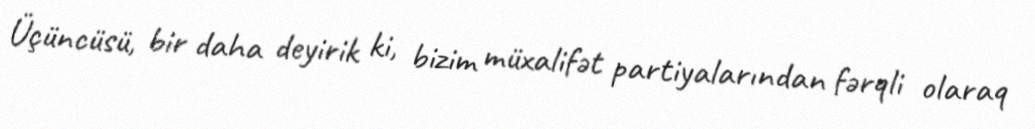
Üçüncüsü, bir daha deyirik ki, bizim müxalifət partiyalarından fərqli olaraq